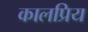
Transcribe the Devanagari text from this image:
कालप्रिय